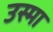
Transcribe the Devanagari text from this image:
उस्मा